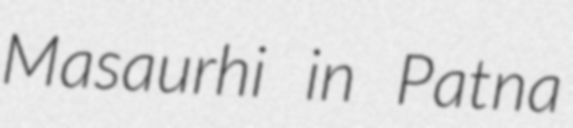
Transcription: Masaurhi in Patna